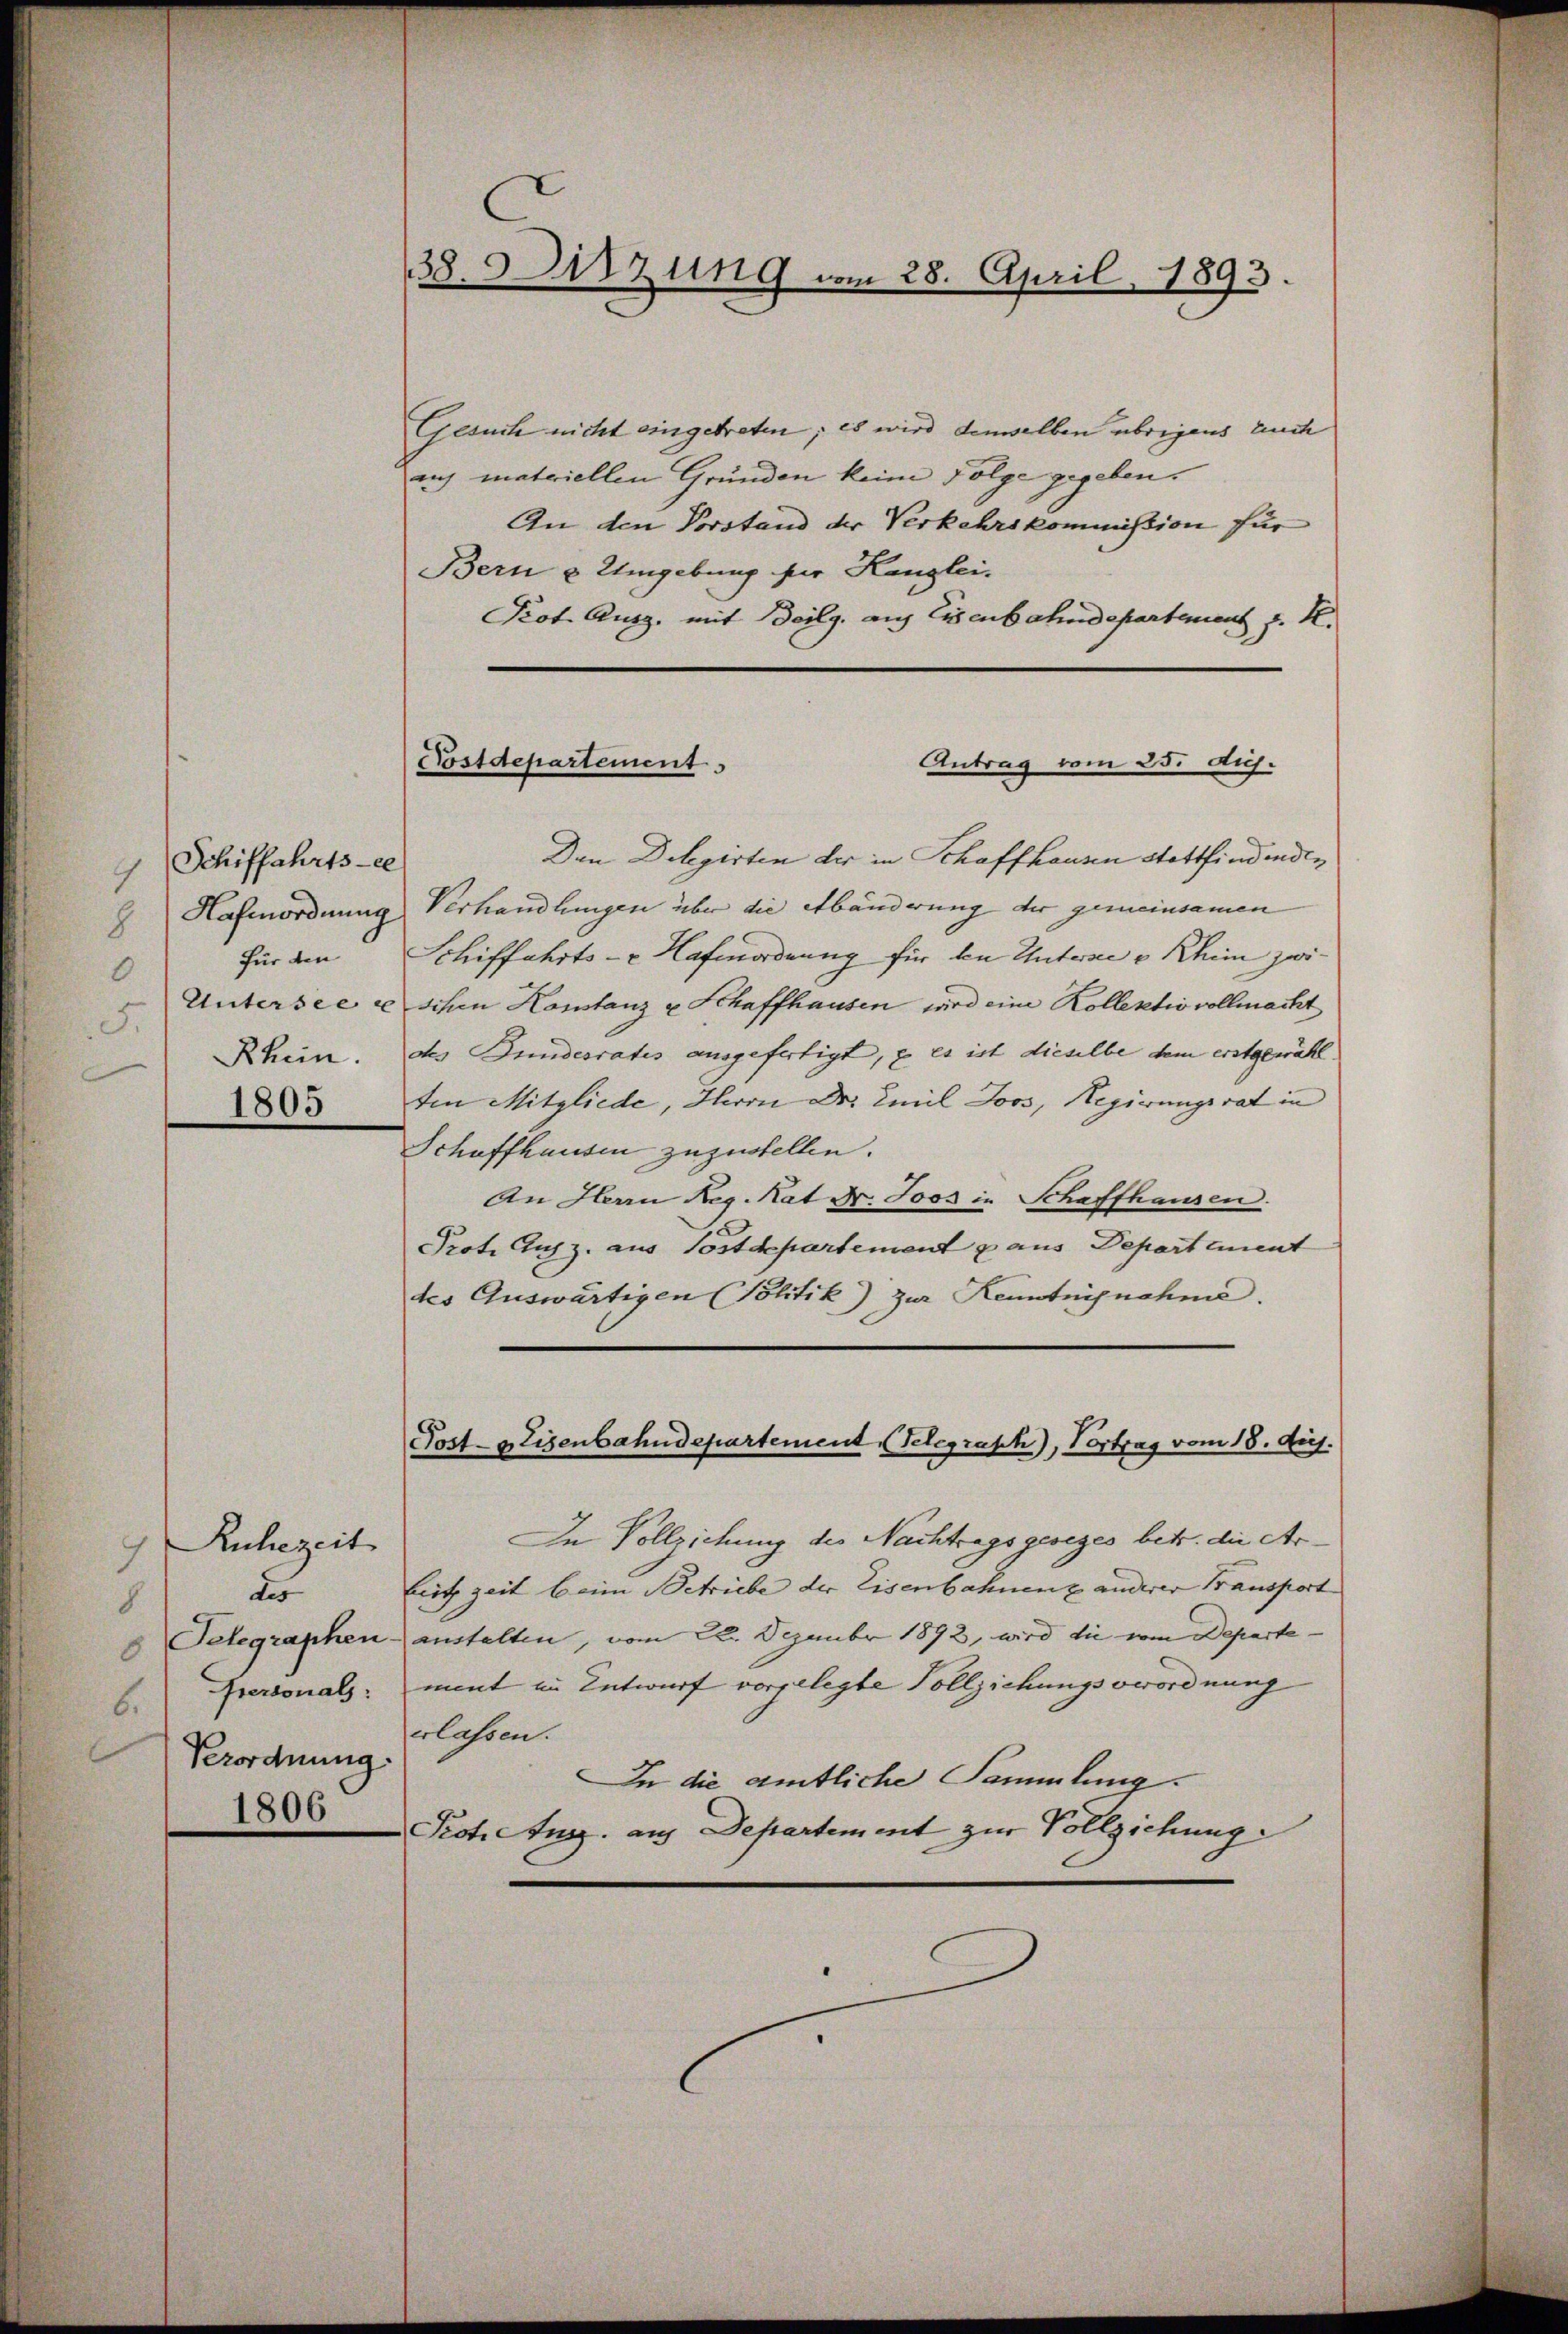
Schiffahrts-ce
4
8
für den
0
F.
Rhein.
1805

Ruhezeit
d
8
Telegraphen.
8
Personals:
6.
Verordnung.
1806

38. Sitzung vom 28. April 1893.

Gesuch nicht eingetreten; es wird demselben übrigens auch
aus materiellen Gründen keine Folge gegeben.
An den Vorstand der Verkehrskommission für
Bern u Umgebung für Kanglei¬
Prot. Ausg. mit Beilg. auf Eisenbahndepartement J. K.
Antrag vom 25. huj.
Den Delegirten der in Schaffhausen stattfindenden
Hafenordnung Verhandlungen über die Abänderung der gemeinsamen
Schiffahrts- Hafenordnung für den Untersee v Khim zwi¬
Untersee e schen Konstanz u Schaffhausen wird eine Kollektiv vollmacht
des Bundesrates ausgefertigt, u. es ist dieselbe dem erstgewähl
ten Mitgliede, Herrn Dr. Emil Joos, Regierungsrat in
Schaffhausen zuzustellen.
An Herrn Reg. Rat Dr. Joos in Schaffhausen.
Prot. Ausz. aus Postdepartement & aus Departement
tes Auswärtigen Politik) zur Kenntnisnahme.

Postdepartement

In Vollziehung des Nachtragsgeseges betr. die Arliet zeit beim Betriebe der Eisenbahnenz anderer Transport |
anstalten, vom 22. Dezember 1892, wird die vom Departe
ment in Entwurf vorgelegte Vollziehungsverordnung
erlassen.
In die amtliche Sammlung.
Pot. Aug. aus Departement zur Vollziehung

Post-Eisenbahndepartement Telegraph), Portrag vom 18. huj.